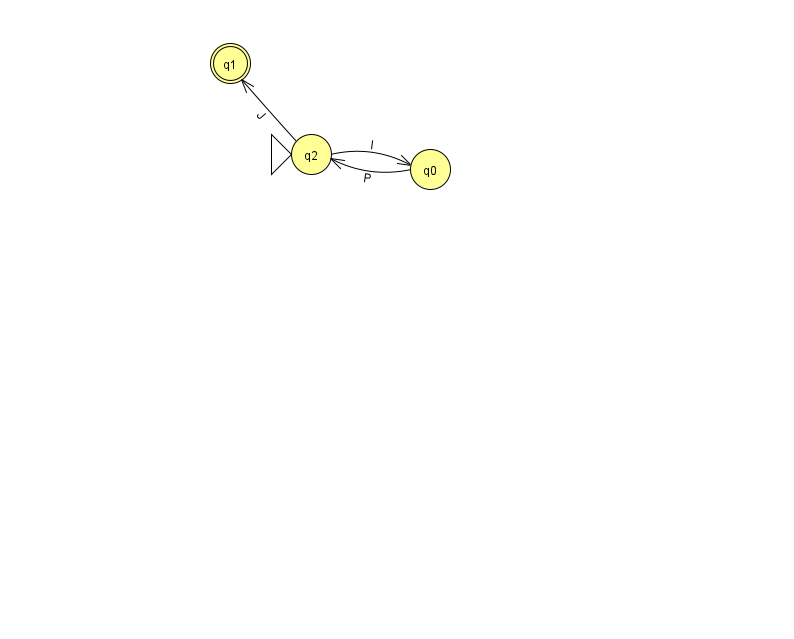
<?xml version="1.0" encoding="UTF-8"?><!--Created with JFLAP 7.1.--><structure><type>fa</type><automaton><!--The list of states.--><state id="0" name="q0"><x>430.0</x><y>156.0</y></state><state id="1" name="q1"><x>230.0</x><y>50.0</y><final/></state><state id="2" name="q2"><x>311.0</x><y>141.0</y><initial/></state><!--The list of transitions.--><transition><from>0</from><to>2</to><read>P</read></transition><transition><from>2</from><to>1</to><read>J</read></transition><transition><from>2</from><to>0</to><read>l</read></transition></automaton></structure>